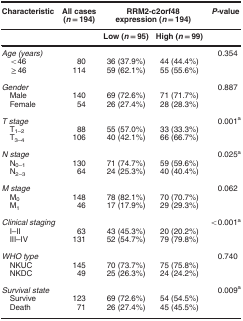
<table><thead><tr><td><b>Characteristic</b></td><td><b>All cases (<i>n</i>=194)</b></td><td colspan="2"><b>RRM2-c2orf48 expression (<i>n</i>=194)</b></td><td><b><i>P-</i>value</b></td></tr><tr><td><b> </b></td><td><b> </b></td><td><b>Low (<i>n</i>=95)</b></td><td><b>High (<i>n</i>=99)</b></td><td><b> </b></td></tr></thead><tbody><tr><td><i>Age (years)</i></td><td> </td><td> </td><td> </td><td>0.354</td></tr><tr><td> &lt;46</td><td>80</td><td>36 (37.9%)</td><td>44 (44.4%)</td><td> </td></tr><tr><td> ≥46</td><td>114</td><td>59 (62.1%)</td><td>55 (55.6%)</td><td> </td></tr><tr><td> </td><td> </td><td> </td><td> </td><td> </td></tr><tr><td><i>Gender</i></td><td> </td><td> </td><td> </td><td>0.887</td></tr><tr><td> Male</td><td>140</td><td>69 (72.6%)</td><td>71 (71.7%)</td><td> </td></tr><tr><td> Female</td><td>54</td><td>26 (27.4%)</td><td>28 (28.3%)</td><td> </td></tr><tr><td> </td><td> </td><td> </td><td> </td><td> </td></tr><tr><td><i>T stage</i></td><td> </td><td> </td><td> </td><td>0.001a</td></tr><tr><td> T<sub>1–2</sub></td><td>88</td><td>55 (57.0%)</td><td>33 (33.3%)</td><td> </td></tr><tr><td> T<sub>3–4</sub></td><td>106</td><td>40 (42.1%)</td><td>66 (66.7%)</td><td> </td></tr><tr><td> </td><td> </td><td> </td><td> </td><td> </td></tr><tr><td><i>N stage</i></td><td> </td><td> </td><td> </td><td>0.025a</td></tr><tr><td> N<sub>0–1</sub></td><td>130</td><td>71 (74.7%)</td><td>59 (59.6%)</td><td> </td></tr><tr><td> N<sub>2–3</sub></td><td>64</td><td>24 (25.3%)</td><td>40 (40.4%)</td><td> </td></tr><tr><td> </td><td> </td><td> </td><td> </td><td> </td></tr><tr><td><i>M stage</i></td><td> </td><td> </td><td> </td><td>0.062</td></tr><tr><td> M<sub>0</sub></td><td>148</td><td>78 (82.1%)</td><td>70 (70.7%)</td><td> </td></tr><tr><td> M<sub>1</sub></td><td>46</td><td>17 (17.9%)</td><td>29 (29.3%)</td><td> </td></tr><tr><td> </td><td> </td><td> </td><td> </td><td> </td></tr><tr><td><i>Clinical staging</i></td><td> </td><td> </td><td> </td><td>&lt;0.001a</td></tr><tr><td> I–II</td><td>63</td><td>43 (45.3%)</td><td>20 (20.2%)</td><td> </td></tr><tr><td> III–IV</td><td>131</td><td>52 (54.7%)</td><td>79 (79.8%)</td><td> </td></tr><tr><td> </td><td> </td><td> </td><td> </td><td> </td></tr><tr><td><i>WHO type</i></td><td> </td><td> </td><td> </td><td>0.740</td></tr><tr><td> NKUC</td><td>145</td><td>70 (73.7%)</td><td>75 (75.8%)</td><td> </td></tr><tr><td> NKDC</td><td>49</td><td>25 (26.3%)</td><td>24 (24.2%)</td><td> </td></tr><tr><td> </td><td> </td><td> </td><td> </td><td> </td></tr><tr><td><i>Survival state</i></td><td> </td><td> </td><td> </td><td>0.009a</td></tr><tr><td> Survive</td><td>123</td><td>69 (72.6%)</td><td>54 (54.5%)</td><td> </td></tr><tr><td> Death</td><td>71</td><td>26 (27.4%)</td><td>45 (45.5%)</td><td> </td></tr></tbody></table>